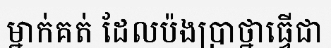
ម្នាក់គត់ ដែលប៉ងប្រាថ្នាធ្វើជា